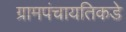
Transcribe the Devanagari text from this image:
ग्रामपंचायतिकडे